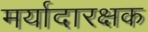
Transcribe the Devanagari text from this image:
मर्यादारक्षक